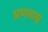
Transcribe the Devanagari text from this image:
प्रणमय